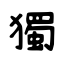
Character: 獨